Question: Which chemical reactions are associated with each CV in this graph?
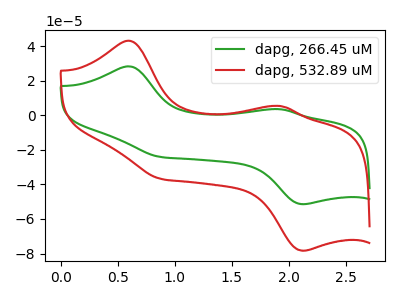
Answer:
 <answer>The green curve is labeled "dapg, 266.45 uM". The red curve is labeled "dapg, 532.89 uM".</answer>
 <eval></eval>